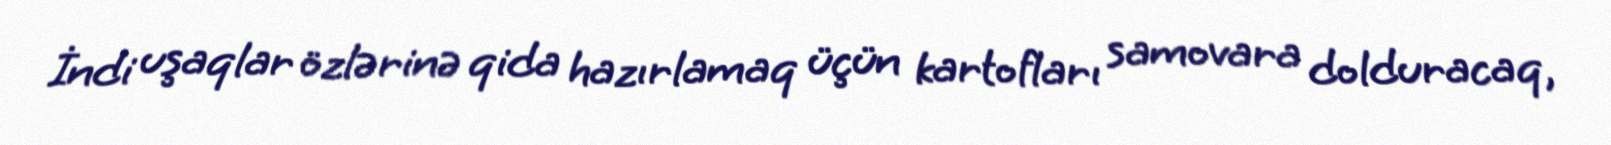
İndi uşaqlar özlərinə qida hazırlamaq üçün kartofları samovara dolduracaq,